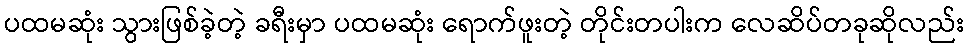
ပထမဆုံး သွားဖြစ်ခဲ့တဲ့ ခရီးမှာ ပထမဆုံး ရောက်ဖူးတဲ့ တိုင်းတပါးက လေဆိပ်တခုဆိုလည်း